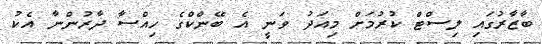
ބާޒާރުގައި ލިސްޓް ކުރުމަށް މިއަދު ވަނީ އެ ބޭންކްގެ ހިއްސާ ދާރުންނާ އެކު